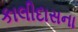
કાલીદાસના